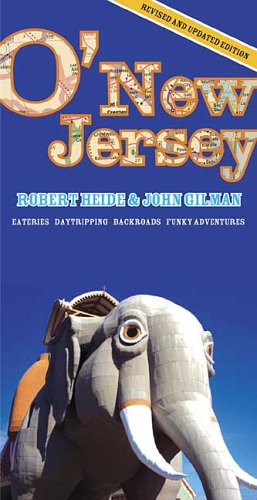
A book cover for O'New Jersey, Third Edition: Daytripping, Backroads, Eateries, Funky Adventures; Robert Heide; Travel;